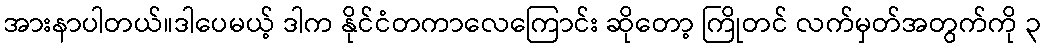
အားနာပါတယ်။ဒါပေမယ့် ဒါက နိုင်ငံတကာလေကြောင်း ဆိုတော့ ကြိုတင် လက်မှတ်အတွက်ကို ၃